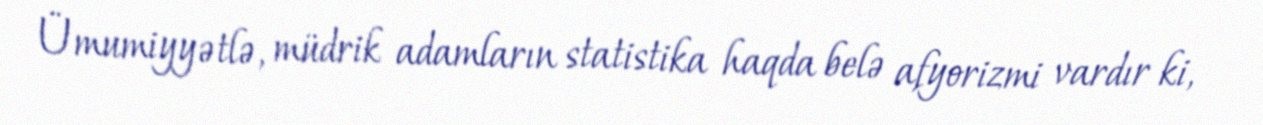
Ümumiyyətlə, müdrik adamların statistika haqda belə afyorizmi vardır ki,